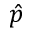
\hat { p }